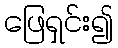
ဖြေရှင်း၍